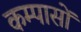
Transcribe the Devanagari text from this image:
कम्पासों